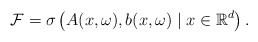
\begin{align*} \mathcal{F}=\sigma\left(A(x,\omega),b(x,\omega)\;|\;x\in\mathbb{R}^d\right).\end{align*}